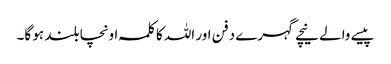
پیسے والے نیچے گہرے دفن اور اللہ کا کلمہ اونچا بلند ہو گا۔